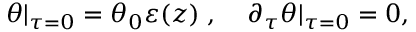
\theta | _ { \tau = 0 } = \theta _ { 0 } \varepsilon ( z ) \; , \; \; \; \; \partial _ { \tau } \theta | _ { \tau = 0 } = 0 ,